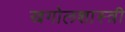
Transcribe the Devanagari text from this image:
खगोलशास्‍त्री